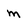
Character: m